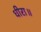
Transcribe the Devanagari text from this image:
धीरा॥